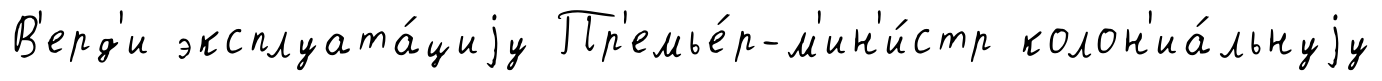
В'ерд'и эксплуата́циjу Пр'емье́р-м'ин'и́стр колон'иа́льнуjу